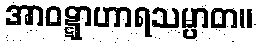
အာဝဋ္ဋာဟာရသမ္ပာတ။